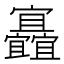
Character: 𡬐